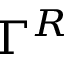
\Gamma ^ { R }